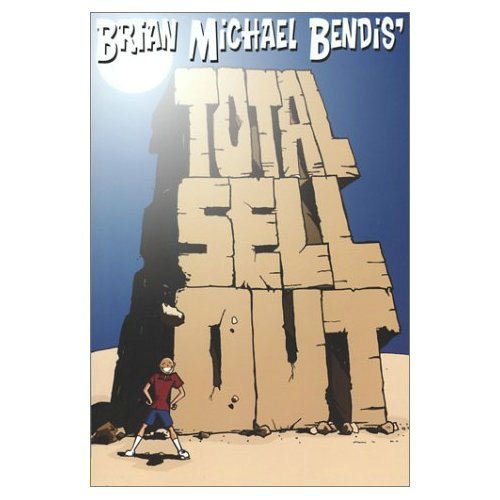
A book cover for Total Sell Out; Brian Michael Bendis; Comics & Graphic Novels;